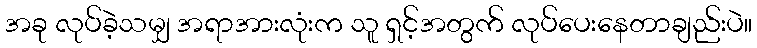
အခု လုပ်ခဲ့သမျှ အရာအားလုံးက သူ ရှင့်အတွက် လုပ်ပေးနေတာချည်းပဲ။